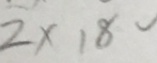
2 \times 1 8